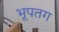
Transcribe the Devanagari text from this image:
भूपतग